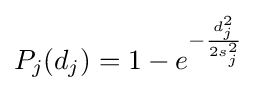
P_{j}(d_{j})=1-e^{-{\frac {d_{j}^{2}}{2s_{j}^{2}}}}